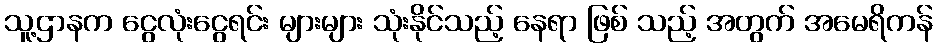
သူ့ဌာနက ငွေလုံးငွေရင်း များများ သုံးနိုင်သည့် နေရာ ဖြစ် သည့် အတွက် အမေရိကန်